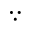
\because